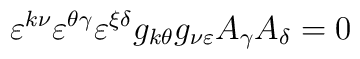
\varepsilon^{k\nu}\varepsilon^{\theta\gamma}\varepsilon^{\xi \delta}g_{k\theta}g_{\nu \varepsilon}A_{\gamma}A_{\delta} = 0